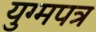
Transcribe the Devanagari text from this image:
युग्मपत्र